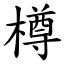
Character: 樽